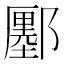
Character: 𨞬